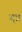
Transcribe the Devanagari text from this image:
बृत्र